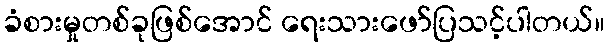
ခံစားမှုတစ်ခုဖြစ်အောင် ရေးသားဖော်ပြသင့်ပါတယ်။